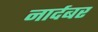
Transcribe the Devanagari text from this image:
नार्दबर